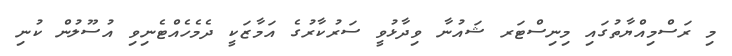
މި ރަސްމިއްޔާތުގައި މިނިސްޓަރ ޝައުނާ ވިދާޅުވީ ސަރުކާރުގެ އަމާޒަކީ ދެމެހެއްޓެނިވި އުސޫލުން ކުނި